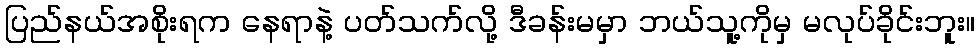
ပြည်နယ်အစိုးရက နေရာနဲ့ ပတ်သက်လို့ ဒီခန်းမမှာ ဘယ်သူ့ကိုမှ မလုပ်ခိုင်းဘူး။